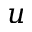
u